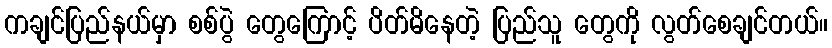
ကချင်ပြည်နယ်မှာ စစ်ပွဲ တွေကြောင့် ပိတ်မိနေတဲ့ ပြည်သူ တွေကို လွတ်စေချင်တယ်။